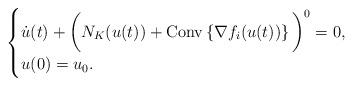
LaTeX: \begin{align*}\begin{cases} \dot u(t) + \bigg(N_K(u(t)) + \mbox{{\rm Conv}}\left\{\nabla f_i(u(t)) \right\} \bigg)^{0}= 0,\\u(0)= u_0.\end{cases}\end{align*}